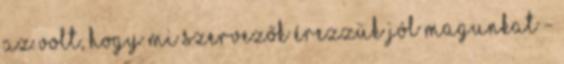
az volt, hogy mi szervezők érezzük jól magunkat -